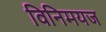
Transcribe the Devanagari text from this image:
विनिमयज